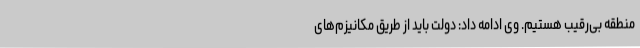
منطقه بی‌رقیب هستیم. وی ادامه داد: دولت باید از طریق مکانیزم‌های